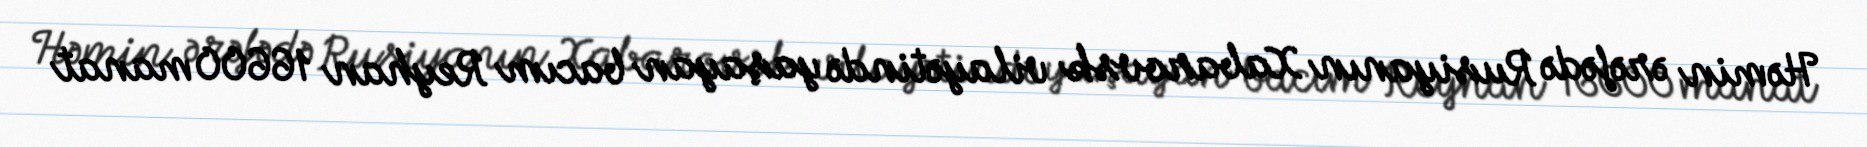
Həmin ərəfədə Rusiyanın Xabarovsk vilayətində yaşayan bacım Reyhan 16600 manat